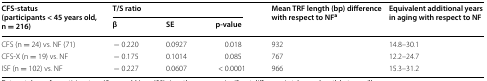
<table><thead><tr><td rowspan="2"><b>CFS-status (participants &lt; 45 years old, n = 216)</b></td><td colspan="3"><b>T/S ratio</b></td><td rowspan="2"><b>Mean TRF length (bp) difference with respect to NF<sup>a</sup></b></td><td rowspan="2"><b>Equivalent additional years in aging with respect to NF</b></td></tr><tr><td><b>β</b></td><td><b>SE</b></td><td><b>p-value</b></td></tr></thead><tbody><tr><td>CFS (n = 24) vs. NF (71)</td><td>− 0.220</td><td>0.0927</td><td>0.018</td><td>932</td><td>14.8–30.1</td></tr><tr><td>CFS-X (n = 19) vs. NF</td><td>− 0.175</td><td>0.1014</td><td>0.085</td><td>767</td><td>12.2–24.7</td></tr><tr><td>ISF (n = 102) vs. NF</td><td>− 0.227</td><td>0.0607</td><td>&lt; 0.0001</td><td>966</td><td>15.3–31.2</td></tr></tbody></table>